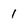
Character: 1